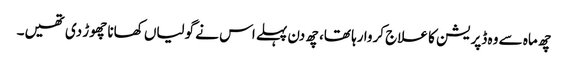
چھ ماہ سے وہ ڈپریشن کا علاج کروا رہا تھا، چھ دن پہلے اس نے گولیاں کھانا چھوڑ دی تھیں۔